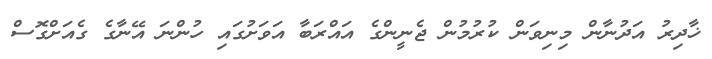
ޚާދިރު އަދުނާން މިނިވަން ކުރުމުން ޖެނީންގެ އައްރަބާ އަވަށުގައި ހުންނަ އޭނާގެ ގެއަށްގޮސް